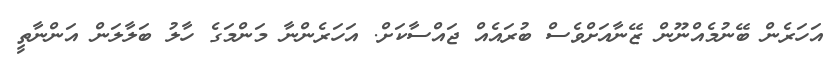
އަހަރެން ބޭނުމެއްނޫން ޒޭނާއަށްވެސް ބުރައެއް ޖައްސާކަށް. އަހަރެންނާ މަންމަގެ ހާލު ބަލާލަން އަންނާތީ